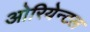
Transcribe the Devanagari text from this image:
ओरियेन्टल